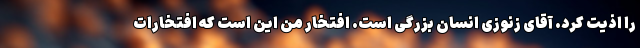
را اذیت کرد. آقای زنوزی انسان بزرگی است. افتخار من این است که افتخارات